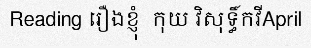
Reading រឿងខ្ញុំ  កុយ វិសុទ្ធិ៍កវីApril